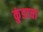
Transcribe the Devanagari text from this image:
कुंडाचा